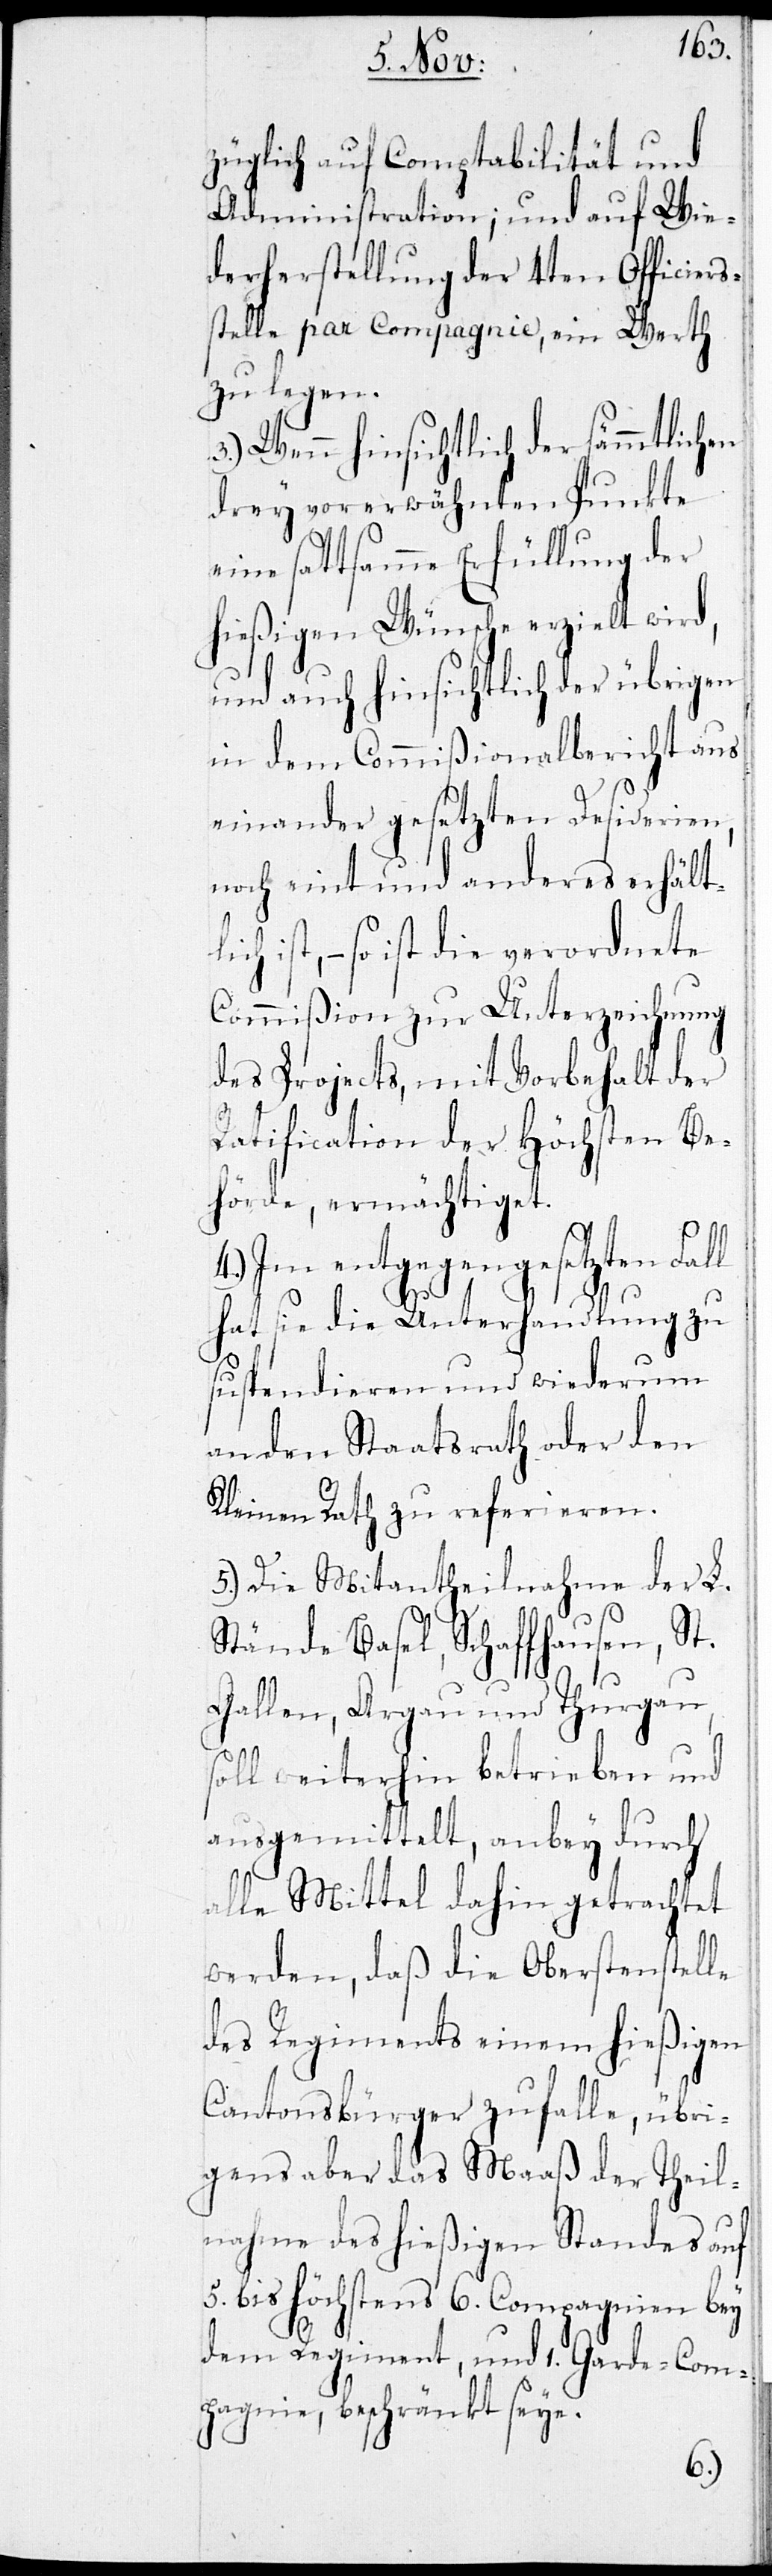
züglich auf Comptabilität und
Administration; und auf Wie¬
derherstellung der 4ten Officiers¬
stelle par Compagnie, ein Werth
zu legen.
3.) Wenn hinsichtlich der sämmtlichen
drey vorerwähnten Punkte
eine sattsame Erfüllung der
hießigen Wünsche erzielt wird,
und auch hinsichtlich der übrigen
in dem Commißionalbericht aus
einander gesetzten Desiderien,
noch eint und anderes erhält¬
ist, – so ist die verordnete
Commißion zur Unterzeichnung
des Projects, mit Vorbehalt der
Ratification der höchsten Be¬
hörde, ermächtiget.
Im entgegengesetzten
hat sie die Unterhandlung zu
suspendieren und wiederum
an den Staatsrath oder den
Kleinen Rath zu referieren.
5.) Die Mitantheilnahme der L.
Stände Basel, Schaffhausen, St.
Gallen, Aargau und Thurgau,
soll weiterhin betrieben und
ausgemittelt, anbey durch
alle Mittel dahin getrachtet
werden, daß die Oberstenstelle
des Regiments einem hießigen
Cantonsbürger zufalle, übri¬
gens aber das Maaß der Theil¬
nahme des hießigen Standes auf
5. bis höchstens 6. Compagnien bey
dem Regiment, und 1. Garde-Com¬
pagnie, beschränkt seye.
4.)